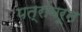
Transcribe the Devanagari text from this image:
पत्रांवरून